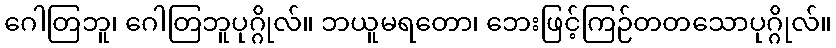
ဂေါတြဘူ၊ ဂေါတြဘူပုဂ္ဂိုလ်။ ဘယူမရတော၊ ဘေးဖြင့်ကြဉ်တတသောပုဂ္ဂိုလ်။